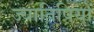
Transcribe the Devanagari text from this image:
ज्यातिषियों